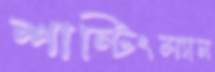
শান্টিংম্যান